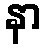
နာ